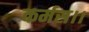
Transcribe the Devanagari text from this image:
कर्मस।।